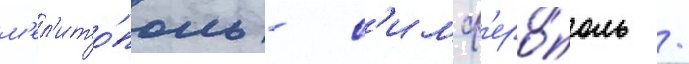
м'ел'ито́поль - с'имф'еро́поль /